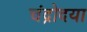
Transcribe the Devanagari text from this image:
चंद्रोदया